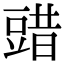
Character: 䜺